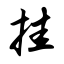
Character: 挂